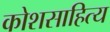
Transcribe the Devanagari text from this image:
कोशसाहित्य